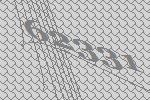
62331